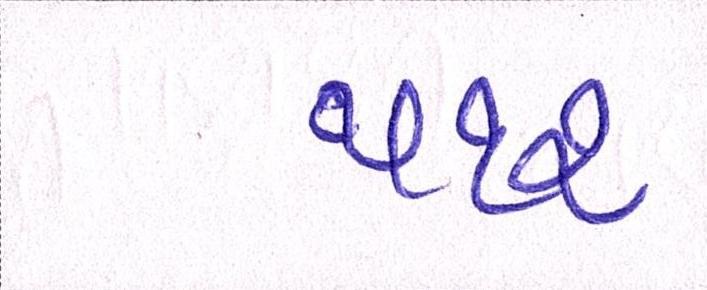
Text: ૫૧૨